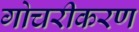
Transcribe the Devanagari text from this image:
गोचरीकरण